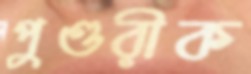
পুণ্ডরীক